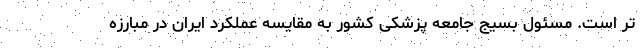
تر است. مسئول بسیج جامعه پزشکی کشور به مقایسه عملکرد ایران در مبارزه